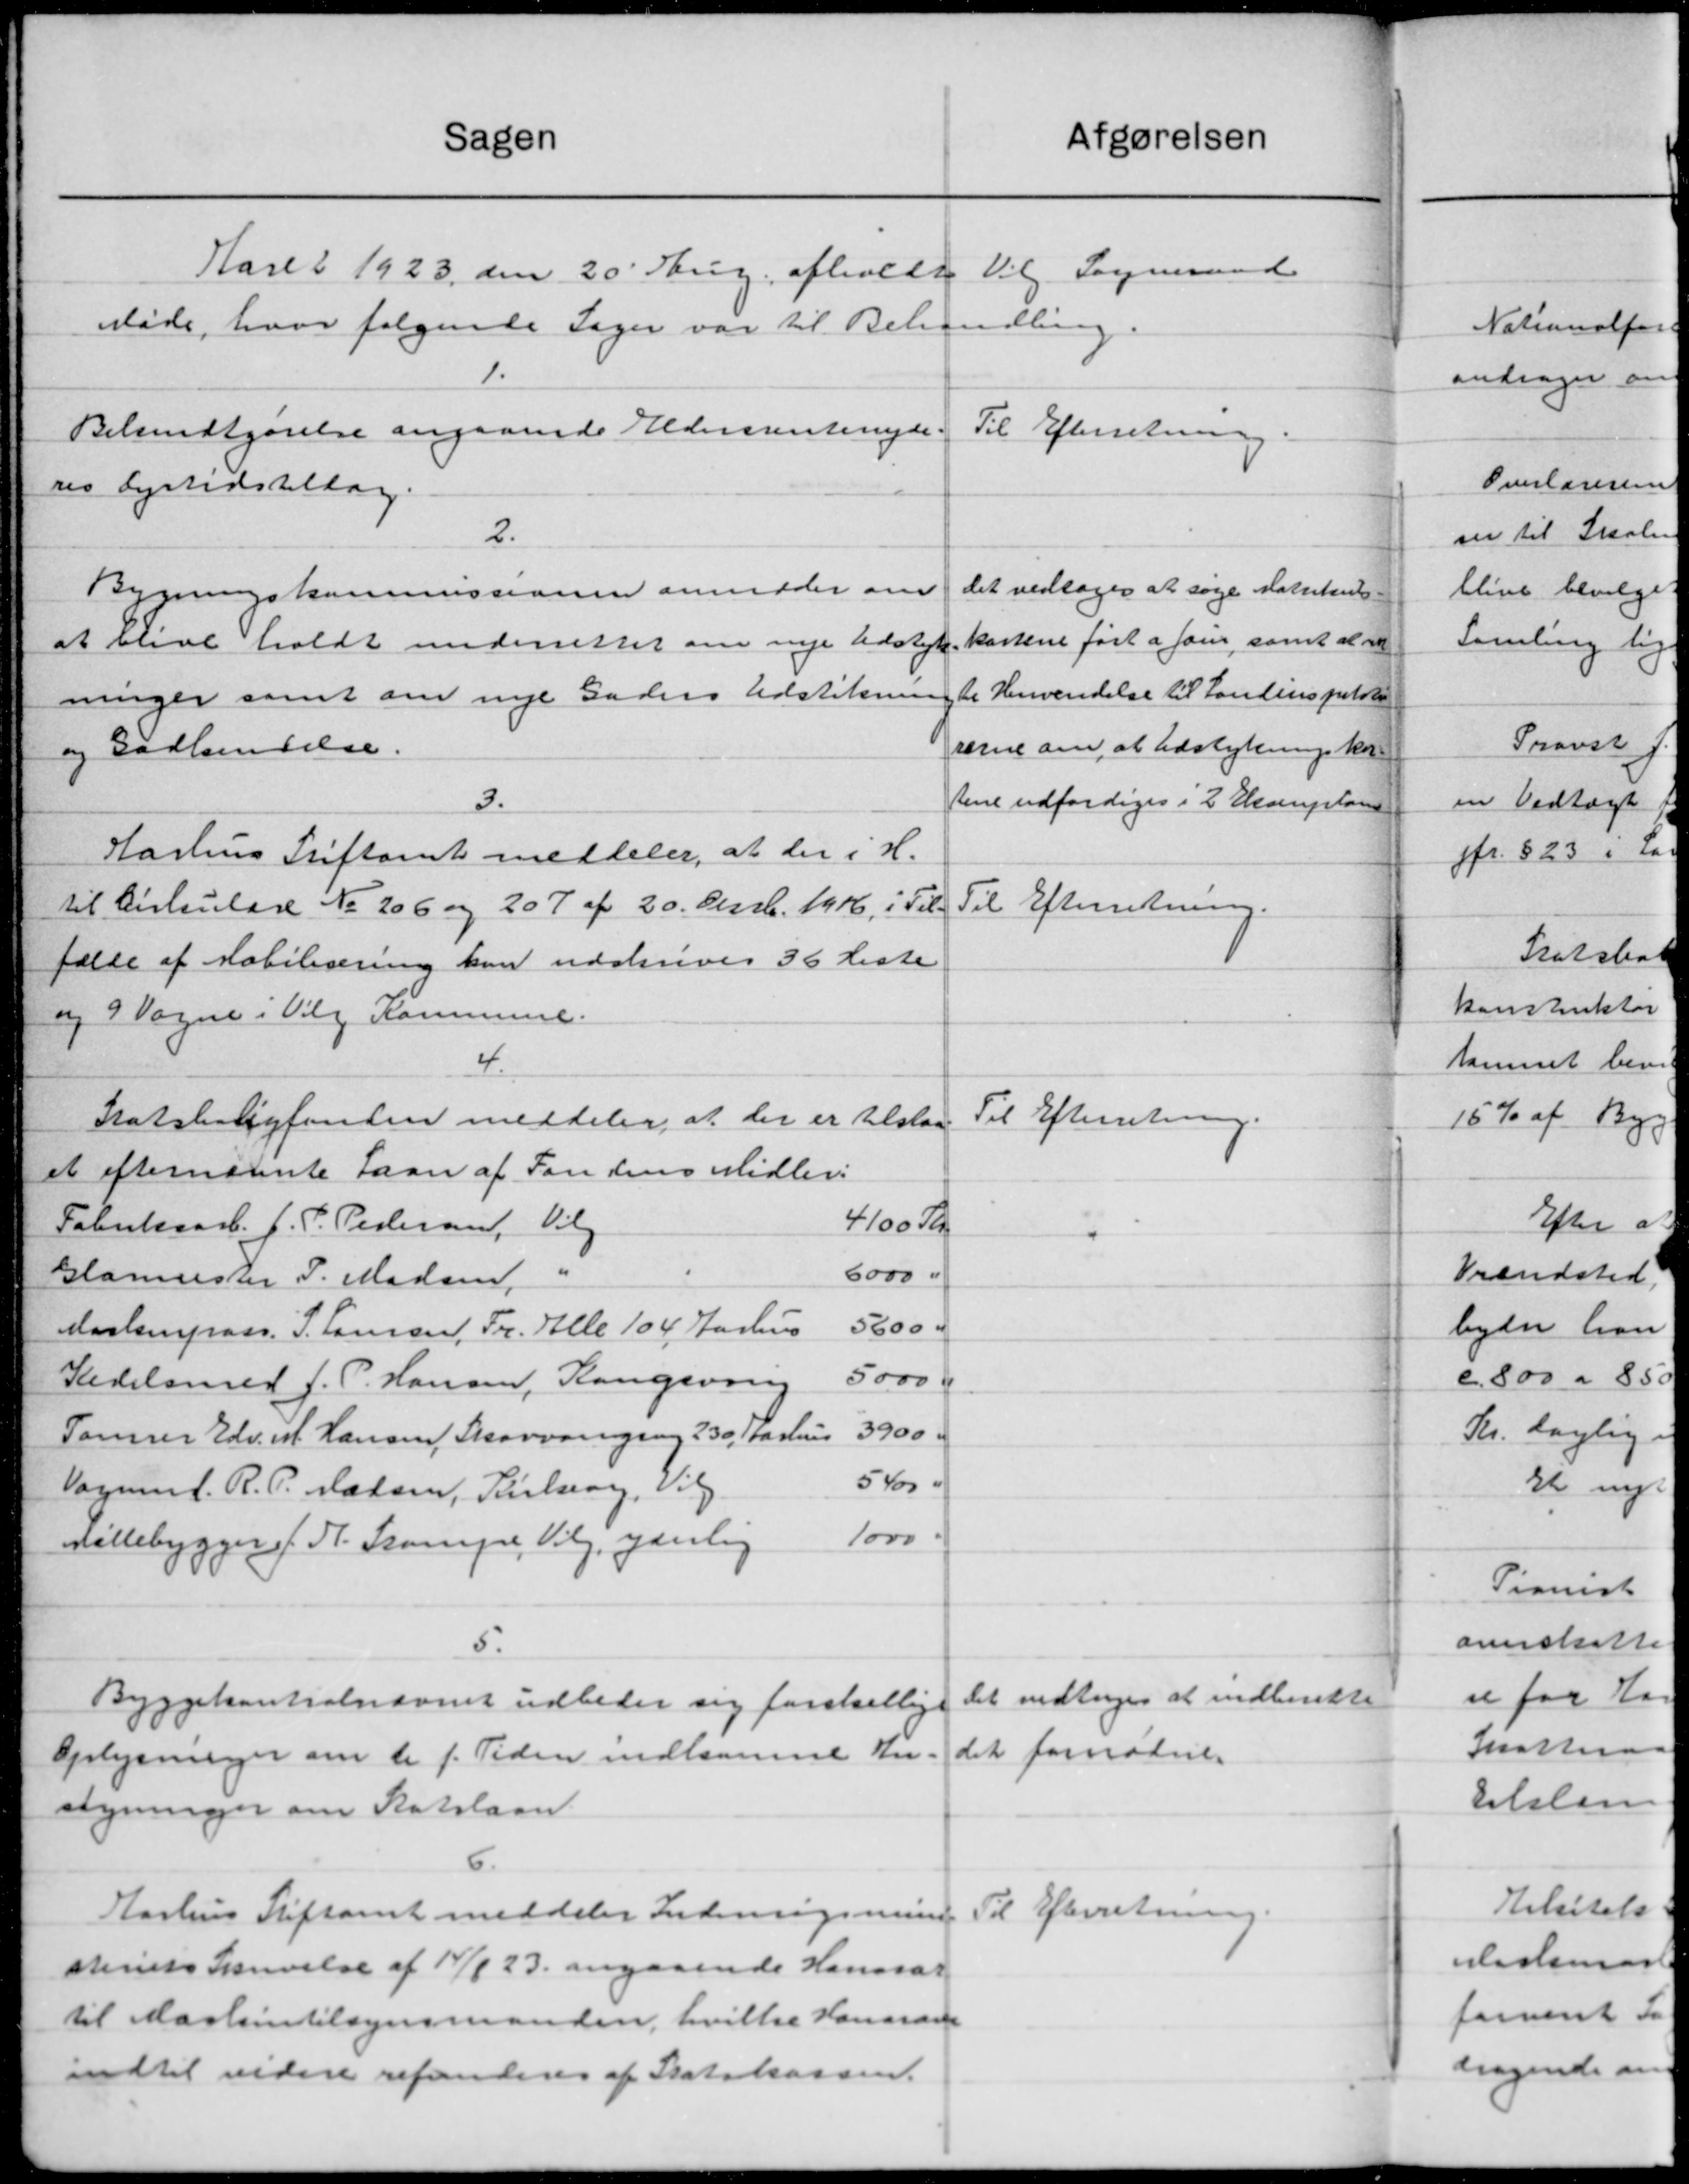
Transskription:
atgørelsen
Sagen
Vil Sogneraad
Karet 1923 den 20' Aug. afholde
Møde, hvor følgende Sager var til Behandling.
1.
Bekendtgørelse angaaende Aldersrentenyde-
Til Efterretning
res Dyrtidstillag.
2.
det vedtoges at søge Katrikuls
Bygningskommissionen anmoder om
kartene ført a som samt at at
at blive holdt underrettet om nye Udstyk
te Henvendelse til Landinspekte
ninger samt om nye Gaders Udstikning
rerne om, at Udstykningskon-
og Godkendelse.
tene udfærdiges i 2 Eksemplar
3.
Harhus Stiftamt meddeler, at der i H.
Til Efterretning.
til Cirkulære No 206 og 207 af 20. Sect. 1946, i Til-
fælde af Mobilisering kan udskrives 36 Liste
og 9 Vogne i Vilg Kommune.
4.
Til Efterretning.
Statsboligfonden meddeler, at der er tilstaa
et efternævnte Laan af Fondens Midler:
Fabriksarb. J. P. Pedersen, Vilg
4100 Kr
6000 "
Glarmester P. Madsen, "
56004
Maskinpass. P. Laursen, Fr. Alle 104 Aarhus
5000 K
Kedelsmed J. P. Hansen, Kongsving
3900.
Tømrer Edv. M. Hansen Skovvangsvej 230, Aarhus
5 Kr
Vognmd. R. P. Madsen, Pilsen, Vil
1000
Møllebygger f. Pl. Stampe, Vilg. ganlig
5.
Det vedtoges at indberette
Byggekontrolnævnet udbeder sig forskellige
det fornødne
Oplysninger om de f. Tiden indkomne An-
syninger om Statslaan
6.
Til Efterretning.
Aarhus Stiftamt meddeler Indenrigsminis
steriets Skrivelse af 14/1 23. angaaende Hanssar
til Maskintilsynsmanden, hvilke Vandrede
indtil videre refunderes af Statskassen.